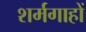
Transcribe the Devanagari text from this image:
शर्मगाहों